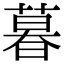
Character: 暮